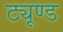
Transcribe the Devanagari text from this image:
ट्यूण्ड